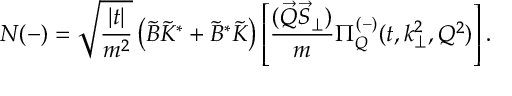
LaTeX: N ( - ) = \sqrt { \frac { | t | } { m ^ { 2 } } } \left( \tilde { B } \tilde { K } ^ { * } + \tilde { B } ^ { * } \tilde { K } \right) \left[ \frac { ( \vec { Q } \vec { S } _ { \perp } ) } { m } \Pi _ { Q } ^ { ( - ) } ( t , k _ { \perp } ^ { 2 } , Q ^ { 2 } ) \right] .